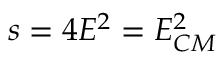
s = 4 E ^ { 2 } = E _ { C M } ^ { 2 }